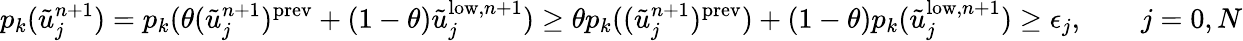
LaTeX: p_{k}(\tilde{u}_{j}^{n+1})=p_{k}(\theta(\tilde{u}_{j}^{n+1})^{\mathrm{prev}}+(1-\theta)\tilde{u}_{j}^{\mathrm{low},n+1})\ge\theta p_{k}((\tilde{u}_{j}^{n+1})^{\mathrm{prev}})+(1-\theta)p_{k}(\tilde{u}_{j}^{\mathrm{low},n+1})\ge\epsilon_{j},\qquad j=0,N